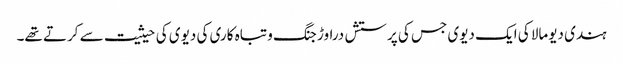
ہندی دیومالا کی ایک دیوی جس کی پرستش دراوڑ جنگ و تباہ کاری کی دیوی کی حیثیت سے کرتے تھے۔